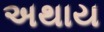
અથાય